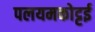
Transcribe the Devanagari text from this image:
पलयमकोट्टई